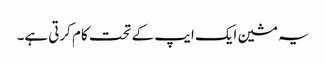
یہ مشین ایک ایپ کے تحت کام کرتی ہے۔